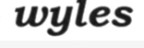
wyles